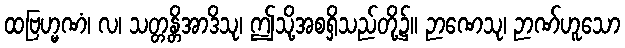
ထဗြဟ္မဏံ၊ လ၊ သတ္တန္တိအာဒိသု၊ ဤသို့အစရှိသည်တို့၌။ ဉာဏေသု၊ ဉာဏ်ဟူသော